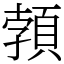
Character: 𩓐